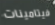
فيتامينات